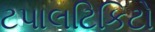
ટપાલટિકિટો